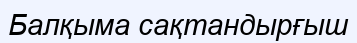
Балқыма сақтандырғыш